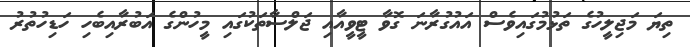
ތިޔަ މަޖިލީހުގެ ތަޅުމުގައިވެސް އައުގުރާނަ ގޮވާ ޓީވީއާއި ޖަލްސާތަކުގައި މީހުންގެ އަބުރާއިބެހި ހަޑިހުތުރު